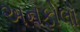
અનફોલો